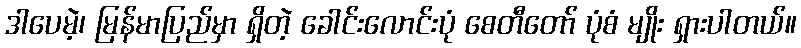
ဒါပေမဲ့၊ မြန်မာပြည်မှာ ရှိတဲ့ ခေါင်းလောင်းပုံ စေတီတော် ပုံစံ မျိုး ရှားပါတယ်။